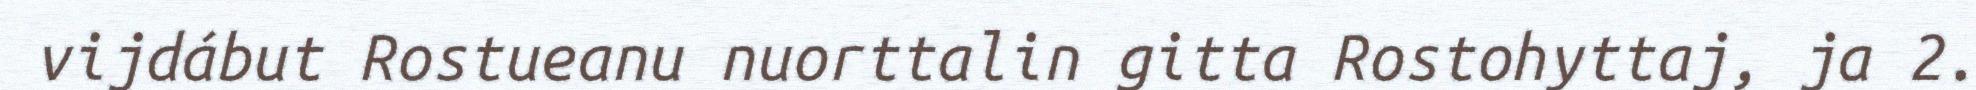
vijdábut Rostueanu nuorttalin gitta Rostohyttaj, ja 2.